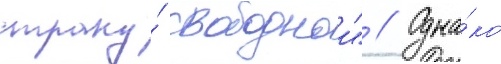
страну́ свободнои" // Одна́ко